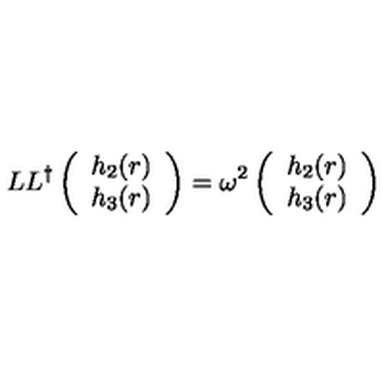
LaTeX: L L ^ { \dagger } \left( \begin{array} { c } { h _ { 2 } ( r ) } \\ { h _ { 3 } ( r ) } \\ \end{array} \right) = \omega ^ { 2 } \left( \begin{array} { c } { h _ { 2 } ( r ) } \\ { h _ { 3 } ( r ) } \\ \end{array} \right)